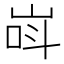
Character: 㟕